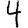
Digit: 4